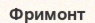
Фримонт